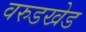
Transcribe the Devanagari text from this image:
वरुडखेड